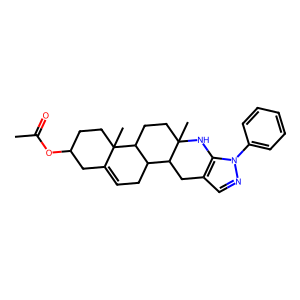
SMILES: CC(=O)OC1CCC2(C)C(=CCC3C4Cc5cnn(-c6ccccc6)c5NC4(C)CCC32)C1
Inhibits HIV replication: No